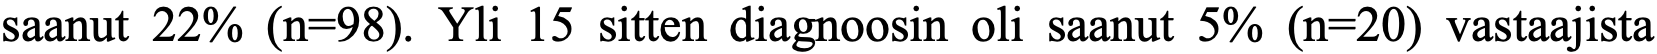
saanut 22% (n=98). Yli 15 sitten diagnoosin oli saanut 5% (n=20) vastaajista